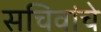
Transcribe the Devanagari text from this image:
सचिवांचे